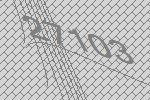
27103